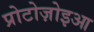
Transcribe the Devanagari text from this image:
प्रोटोज़ोइआ